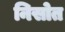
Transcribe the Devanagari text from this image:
निसोत